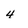
Character: 4